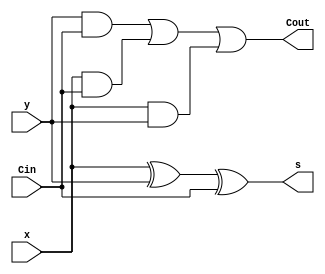
`timescale 1ns / 1ps
//////////////////////////////////////////////////////////////////////////////////
// Company: 
// Engineer: 
// 
// Design Name: 
// Module Name: full_adder
// Project Name: 
// Target Devices: 
// Tool Versions: 
// Description: 
// 
// Dependencies: 
// 
// Revision:
// Revision 0.01 - File Created
// Additional Comments:
// 
//////////////////////////////////////////////////////////////////////////////////


module full_adder(
    input Cin,
    input x,
    input y,
    output s,
    output Cout
    );
    wire temp1, temp2, temp3;
    xor(s, x, y, Cin);
    and(temp1, y, Cin);
    and(temp2, x, Cin);
    and(temp3, x, y);
    or(Cout, temp1, temp2, temp3);
endmodule